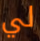
لي